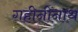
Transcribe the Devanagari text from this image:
गहीनीनाथ